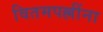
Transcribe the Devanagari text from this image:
वितमपल्लींना